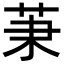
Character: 𦮵